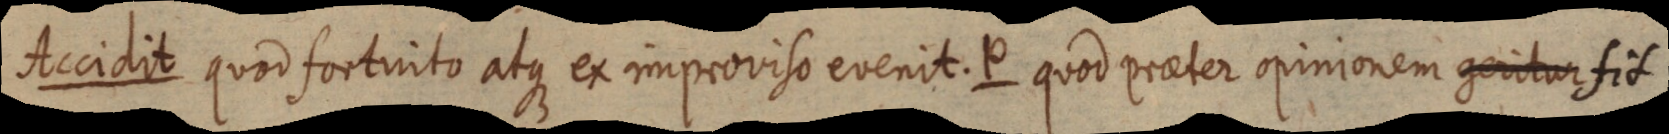
Accidit quod fortuito atque ex improviso evenit. P quod praeter opinionem geritur fit